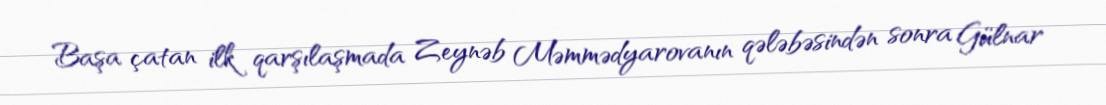
Başa çatan ilk qarşılaşmada Zeynəb Məmmədyarovanın qələbəsindən sonra Gülnar